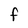
Character: F